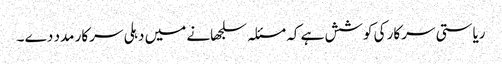
ریاستی سرکار کی کوشش ہے کہ مسئلہ سلجھانے میں دہلی سرکار مدد دے ۔